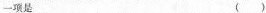
一项是 ( )